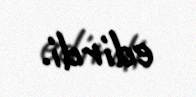
edirdi.